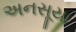
અનસૂયા